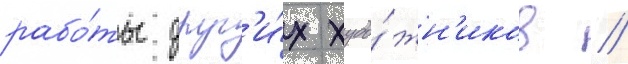
рабо́ты друг'и́х худо́жн'иков /